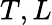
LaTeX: T,L